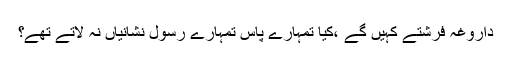
داروغہ فرشتے کہیں گے ،کیا تمہارے پاس تمہارے رسول نشانیاں نہ لاتے تھے؟